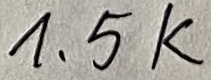
Text: 1,5K